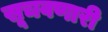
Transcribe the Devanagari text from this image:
सूचवणारी